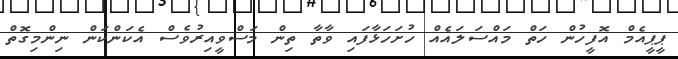
ޕީޕީއެމް އޮފީހުން ހަތް މައްސަލައެއް ހުށަހަޅާފައި ވާތާ ތިން މަސްވީއިރުވެސް އެކަންކަން ނިންމިގޮތް